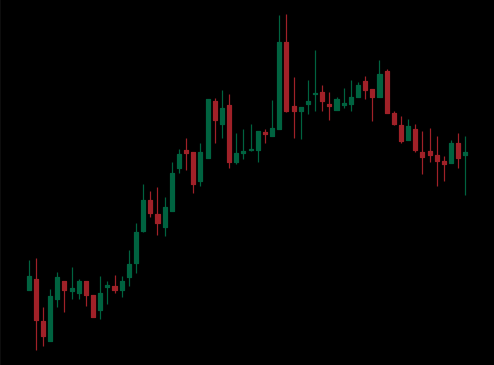
Pattern: bear_flag